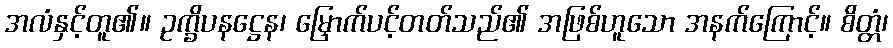
အလံနှင့်တူ၏။ ဥက္ခိပနဋ္ဌေန၊ မြှောက်ပင့်တတ်သည်၏ အဖြစ်ဟူသော အနက်ကြောင့်။ စိတ္တံ၊